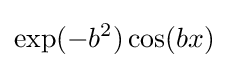
\exp(-b^{2})\cos(bx)